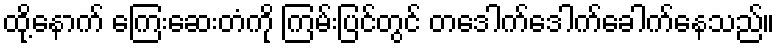
ထို့နောက် ကြေးဆေးတံကို ကြမ်းပြင်တွင် တဒေါက်ဒေါက်ခေါက်နေသည်။